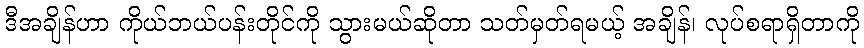
ဒီအချိန်ဟာ ကိုယ်ဘယ်ပန်းတိုင်ကို သွားမယ်ဆိုတာ သတ်မှတ်ရမယ့် အချိန်၊ လုပ်စရာရှိတာကို